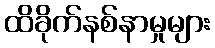
ထိခိုက်နစ်နာမှုများ